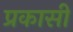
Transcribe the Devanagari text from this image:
प्रकासी